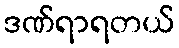
ဒဏ်ရာရတယ်